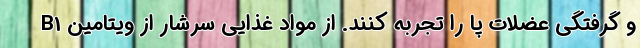
و گرفتگی عضلات پا را تجربه کنند. از مواد غذایی سرشار از ویتامین B1